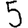
Digit: 5